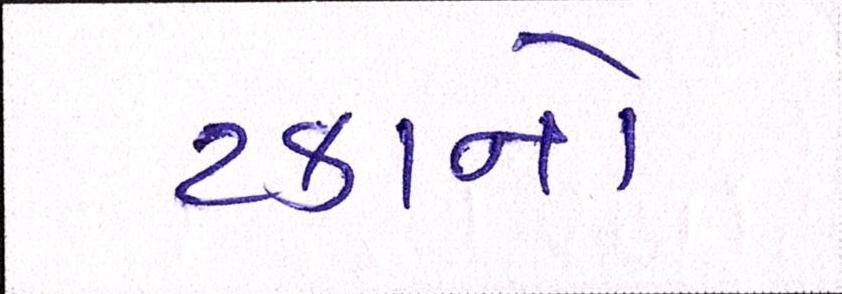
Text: ટકાનો